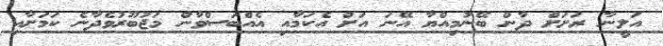
އަލީނާ ރަށަށް ދާން ބޭނުމިއްޔާ އޭނަ އަށް އެކަމާއި އެއްބަސްވާން މަޖުބޫރުވެދާނެ ކަމަށާއި